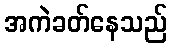
အကဲခတ်နေသည်